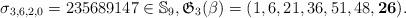
LaTeX: \begin{gather*}\sigma_{3,6,2,0}=235689147 \in \mathbb{S}_9, \mathfrak{G}_{3}(\beta)=(1,6,21,36,51,48,{\bf 26}).\end{gather*}